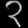
Digit: ၃